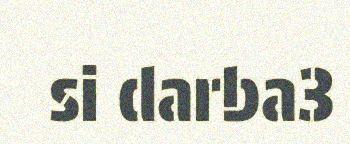
si darba3